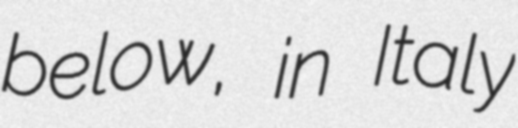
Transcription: below, in Italy